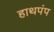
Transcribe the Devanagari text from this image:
हाथपंप